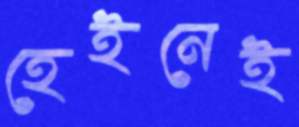
হেইনেই